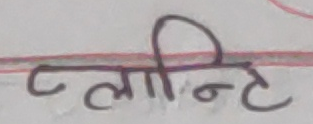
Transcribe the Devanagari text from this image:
प्लान्टे